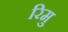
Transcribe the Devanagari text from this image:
रिमु